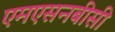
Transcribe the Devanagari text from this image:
एमएसनबीसी